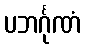
ပဘင်္ဂုဏံ